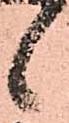
候